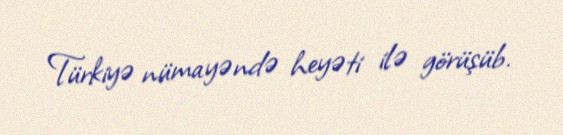
Türkiyə nümayəndə heyəti ilə görüşüb.